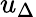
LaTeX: u_{\Delta}